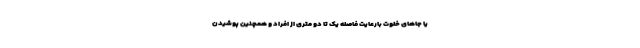
یا جاهای خلوت بارعایت فاصله یک تا دو متری از افراد و همچنین پوشیدن